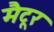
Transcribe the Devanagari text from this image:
मैटूर